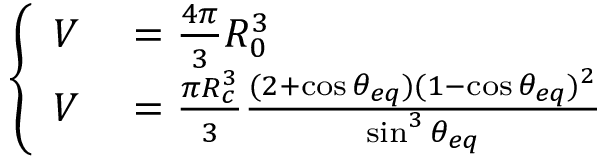
\left\{ \begin{array} { r l } { V } & { { } = \frac { 4 \pi } { 3 } R _ { 0 } ^ { 3 } } \\ { V } & { { } = \frac { \pi R _ { c } ^ { 3 } } { 3 } \frac { ( 2 + \cos \theta _ { e q } ) ( 1 - \cos \theta _ { e q } ) ^ { 2 } } { \sin ^ { 3 } \theta _ { e q } } } \end{array} \right.